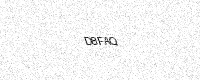
Text: D8FAQ